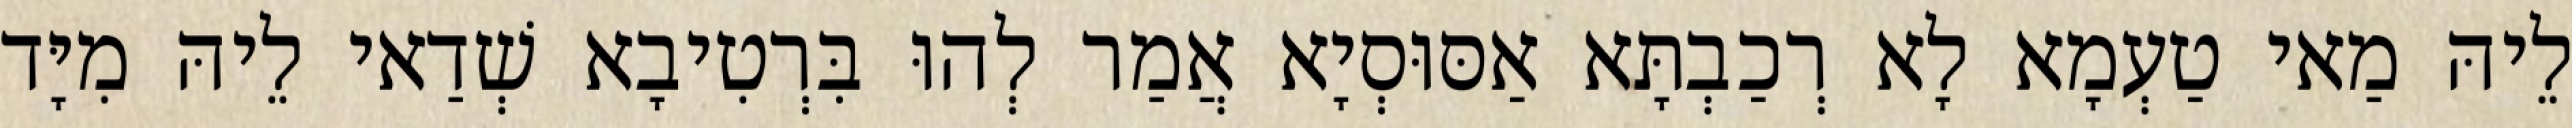
לֵיהּ מַאי טַעְמָא לָא רְכַבְתָּא אַסּוּסְיָא אֲמַר לְהוּ בִּרְטִיבָא שְׁדַאי לֵיהּ מִיָּד